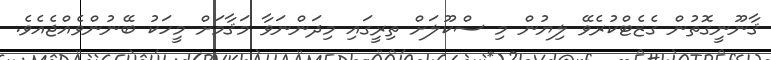
ޤާނޫނީގޮތުން ގެޒެޓްކުރެވޭ ލިޔުން މި ސްކޫލަށް ތިރީގައި މިދަންނަވާ މަޤާމަށް މީހަކު ބޭނުންވެއްޖެއެވެ.